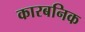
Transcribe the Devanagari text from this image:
कारबनिक